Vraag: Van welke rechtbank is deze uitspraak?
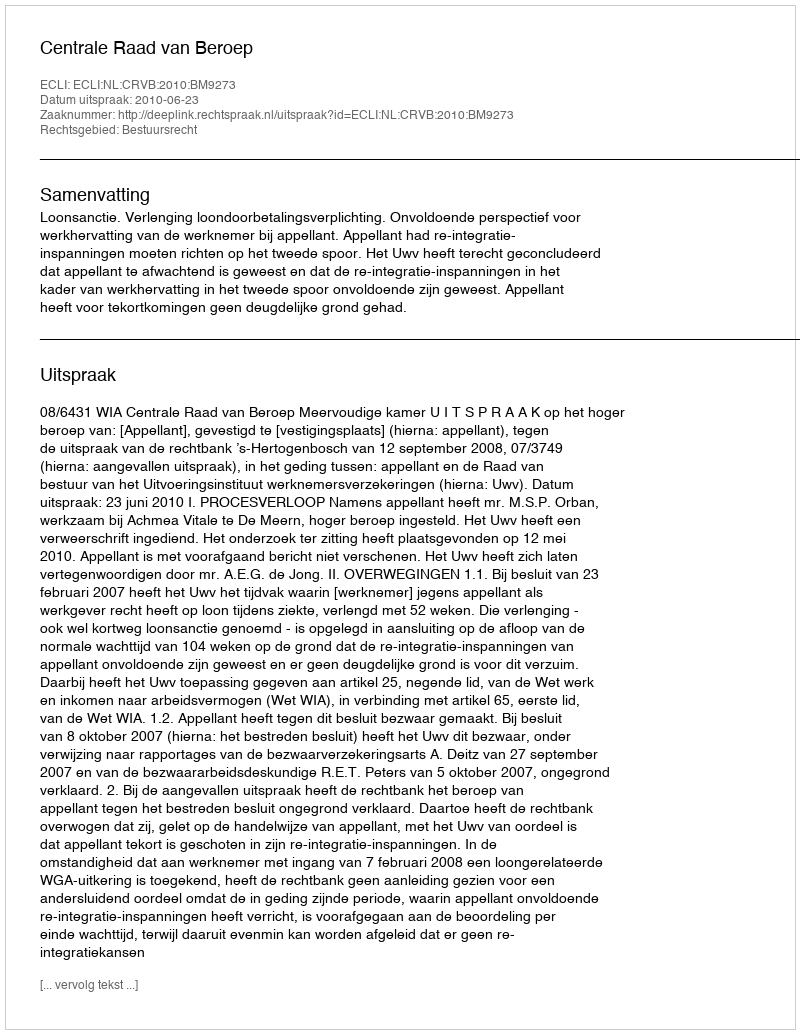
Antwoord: Centrale Raad van Beroep